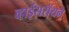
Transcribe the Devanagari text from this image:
व्हाईसरॉयने